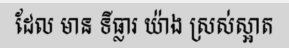
ដែល មាន ទីធ្លារ យ៉ាង ស្រស់ស្អាត